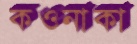
কওনাকা